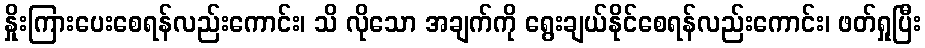
နှိုးကြားပေးစေရန်လည်းကောင်း၊ သိ လိုသော အချက်ကို ရွေးချယ်နိုင်စေရန်လည်းကောင်း၊ ဖတ်ရှုပြီး